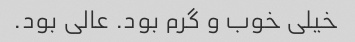
خیلی خوب و گرم بود. عالی بود.